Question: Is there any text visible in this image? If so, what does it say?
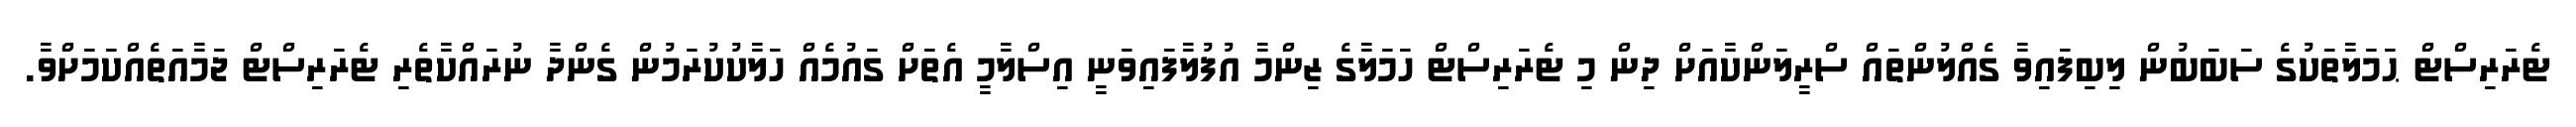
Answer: ޓެރަރިސްޓް ޙަމަލާތަކުގެ ސަބަބުން ލިބިފައިވާ ގެއްލުންތައް ސްރީލަންކާއަށް ދިން މި ޓެރަރިސްޓް ހަމަލާގެ ޒިންމާ އުފުލާފައިވަނީ އިސްލާމީ އެތަށް ގައުމެއް ހަލާކުކުރަމުން ގެންދާ ނުރައްކާތެރި ޓެރަރިސްޓް ޖަމާއަތެއްކަމަށްވާ.